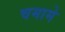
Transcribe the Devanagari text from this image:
चमामे